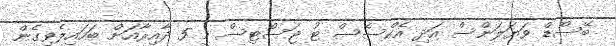
ބޭސްޑް ވަޔަލަންސް އަދި އެކްސެސް ޓު ޖަސްޓިސް މި 5 ދާއިރާއަށް ބަހައިލެވިގެން